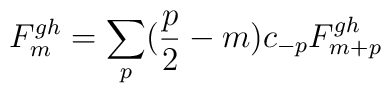
F_{m}^{gh} = \sum_{p} ( \frac{p}{2} -m ) c_{-p} F_{m+p}^{gh}